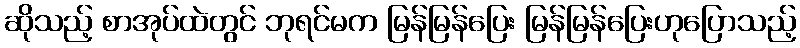
ဆိုသည့် စာအုပ်ထဲတွင် ဘုရင်မက မြန်မြန်ပြေး မြန်မြန်ပြေးဟုပြောသည့်